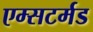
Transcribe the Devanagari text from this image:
एम्सटर्मड